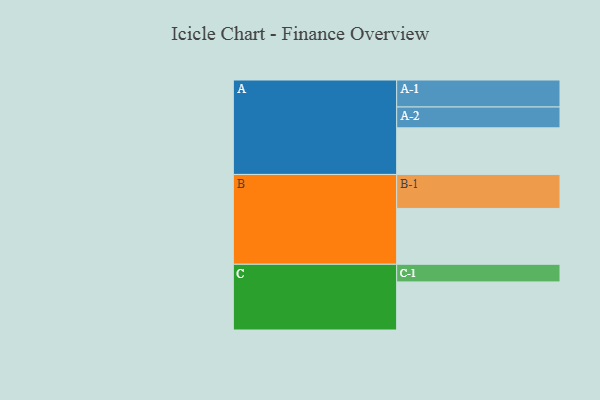
{"axis": {"x": "Segment", "y": "Value"}, "legend": ["", "A", "B", "C"], "data": [{"x": "A", "y": 373, "type": ""}, {"x": "B", "y": 447, "type": ""}, {"x": "C", "y": 385, "type": ""}, {"x": "A-1", "y": 216, "type": "A"}, {"x": "A-2", "y": 167, "type": "A"}, {"x": "B-1", "y": 272, "type": "B"}, {"x": "C-1", "y": 141, "type": "C"}]}